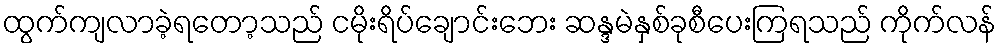
ထွက်ကျလာခဲ့ရတော့သည် ငမိုးရိပ်ချောင်းဘေး ဆန္ဒမဲနှစ်ခုစီပေးကြရသည် ကိုက်လန်